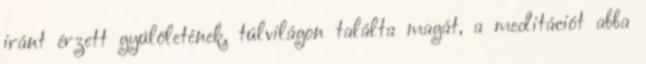
iránt érzett gyûlöletének, túlvilágon találta magát, a meditációt abba